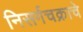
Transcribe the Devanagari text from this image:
निसर्गचक्राचे